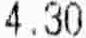
4.30